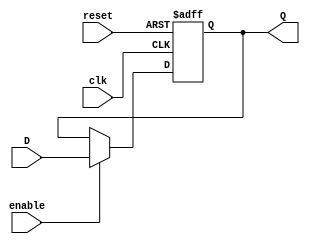
module FlipFlopRegister #(
    parameter N = 8  // Number of bits in the register
)(
    input wire clk,               // Clock signal
    input wire reset,             // Asynchronous reset signal
    input wire enable,            // Enable signal
    input wire [N-1:0] D,        // Parallel input data
    output reg [N-1:0] Q          // Parallel output data
);

    // Always block triggered on the rising edge of the clock or reset
    always @(posedge clk or posedge reset) begin
        if (reset) begin
            Q <= {N{1'b0}};        // Reset all bits to 0
        end else if (enable) begin
            Q <= D;               // Capture input data on enable
        end
        // If enable is low, Q retains its previous value
    end

endmodule